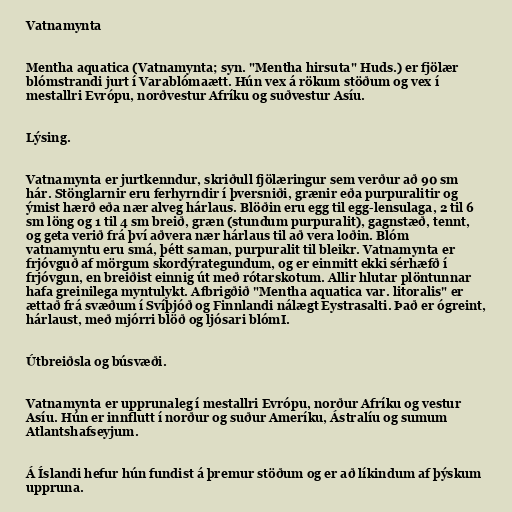
Vatnamynta

Mentha aquatica (Vatnamynta; syn. "Mentha hirsuta" Huds.) er fjölær
blómstrandi jurt í Varablómaætt. Hún vex á rökum stöðum og vex í
mestallri Evrópu, norðvestur Afríku og suðvestur Asíu.

Lýsing.

Vatnamynta er jurtkenndur, skriðull fjölæringur sem verður að 90 sm
hár. Stönglarnir eru ferhyrndir í þversniði, grænir eða purpuralitir og
ýmist hærð eða nær alveg hárlaus. Blöðin eru egg til egg-lensulaga, 2 til 6
sm löng og 1 til 4 sm breið, græn (stundum purpuralit), gagnstæð, tennt,
og geta verið frá því aðvera nær hárlaus til að vera loðin. Blóm
vatnamyntu eru smá, þétt saman, purpuralit til bleikr. Vatnamynta er
frjóvguð af mörgum skordýrategundum, og er einmitt ekki sérhæfð í
frjóvgun, en breiðist einnig út með rótarskotum. Allir hlutar plöntunnar
hafa greinilega myntulykt. Afbrigðið "Mentha aquatica var. litoralis" er
ættað frá svæðum í Svíþjóð og Finnlandi nálægt Eystrasalti. Það er ógreint,
hárlaust, með mjórri blöð og ljósari blómI.

Útbreiðsla og búsvæði.

Vatnamynta er upprunaleg í mestallri Evrópu, norður Afríku og vestur
Asíu. Hún er innflutt í norður og suður Ameríku, Ástralíu og sumum
Atlantshafseyjum.

Á Íslandi hefur hún fundist á þremur stöðum og er að líkindum af þýskum
uppruna.